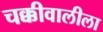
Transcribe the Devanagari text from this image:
चक्कीवालीला